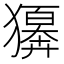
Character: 𤢫